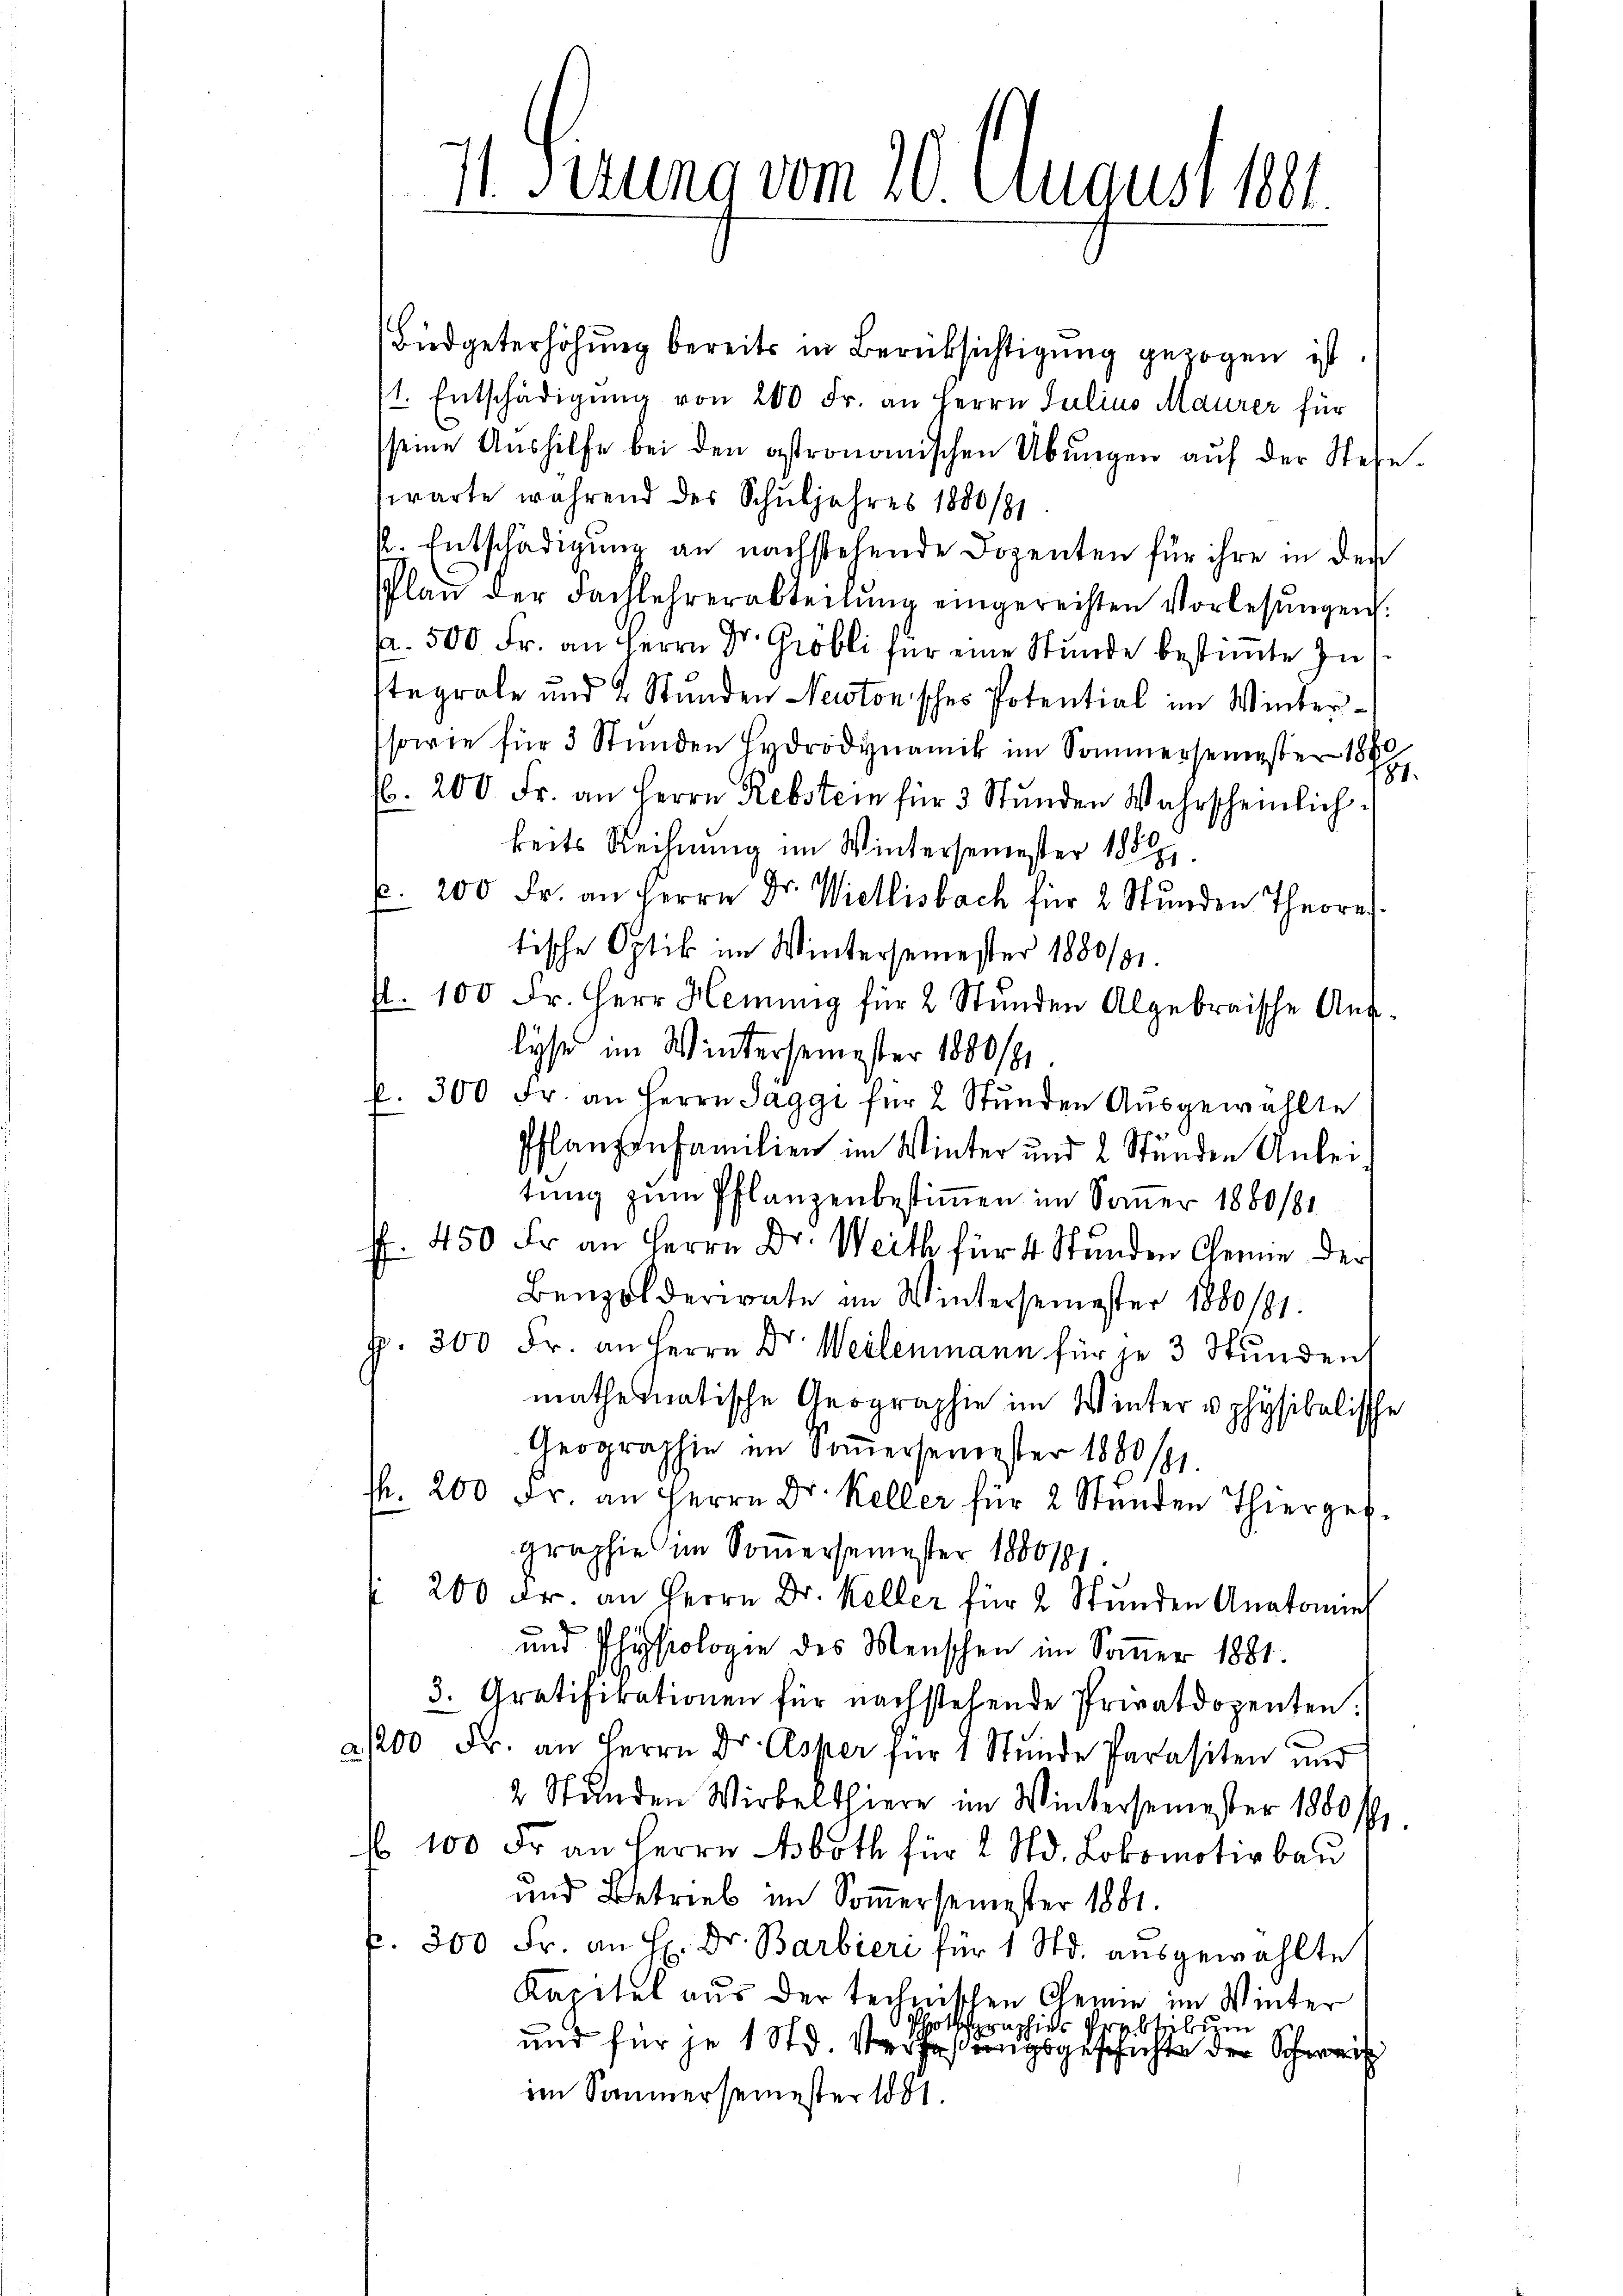
11. Ferung vom 20. August 181.

Büdgeterhöhung bereits in Berücksichtigung gezogen ist.
/1. Entschädigŭng von 200 Fr. an Herrn Julius Maurer für
seine Aŭshilfe bei den astronomischen Übungen aŭf der Stehe.
swarte während des Schŭljahres 1880/91.
k. Entschädigung an nachstehende Dozenten für ihre in den
Plan der Fachlehrerabteilŭng eingerechten Vorlesŭngen.
a. 500 Fr. an Herrn Dr. Gröbli für eine Stunde bestimmte Zustegrale und 2 Stunden Newtonisches Potential im Winter¬
sowie für 3 Stunden Hydrodynamik im Sommersemester 188
. 200 Fr. an Herrn Rebstein für 3 Stunden Wahrscheinlich
beits Rechnung im Wintersemester 1889
p. 200 Fr. an Herrn Dr. Viellisbach für 2 Stŭnden Theoret.
tische Optik im Wintersemester 1880/91.
fl. 100 Fr. Herr Heiung für 2 Stunden Algebraische Auf-
lyse im Wintersemester 1800/1
p. 300 Fr. an Herrn Saggi für 2 Stunden Ausgewählte
Pflanzenfamilien im Winter und 2 Stunden Anleitung zum Pflanzenbestimmen im Sommer 1880/81
ff. 450 Fr. an Herrn Dr. Weith für 4 Stunden Cenne der
Benzolderiale im Wintersemester 1880/81.
p. 300 Fr. an Herrn Dr. Weilenmann für je 3 Stunden,
mathematische Geographie im Winter physikalische
Geographie im Somersemester 1889/91.
. 200 Fr. an Herrn Dr. Keller für 2 Stunden Thierger.
graphie im Somersemester 1880191.
 200 Fr. an Herrn Dr. Keller für 2 Stŭnden Anatomies
und Physiologie des Menschen im Soṁer 1881.
3. Gratifikationen für nachstehende Privatdozenten.
21200 Fr. an Herrn Dr. Asper für 1 Stŭnde Parasiten und
2 Stunden Wirbelthiere im Wintersemester 1880 l.
fl 100 Fr. an Herrn Aboth für 2 Std. Lokomotivbau
und Betrieb im Somersemester 1881.
p. 300 Fr. an H. Dr. Barbieri für 1 Std. ausgewählte
Kapitel aus der technischen Chemie im Winter
ottsraphier Prebteilun
und für je 1 Std. Verfaßungsgeschichte der Schwarz
im Sommersemester 1881.